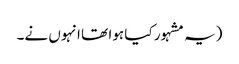
(یہ مشہور کیا ہوا تھا انہوں نے۔